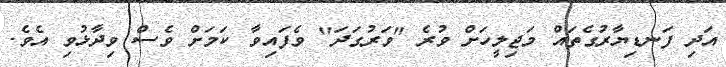
އަދި ފަނޑިޔާރުގެތައް މަޖިލީހަށް ވުރެ "ވަރުގަދަ" ވެފައިވާ ކަމަށް ވެސް ވިދާޅުވި އެވެ.